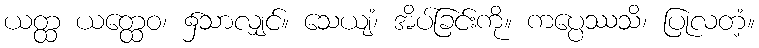
ယတ္ထ ယတ္ထေဝ၊ ၌သာလျှင်။ သေယျံ၊ အိပ်ခြင်းကို။ ကပ္ပေဿသိ၊ ပြုလတံ့။